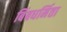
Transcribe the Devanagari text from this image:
बिंबधर्मिता